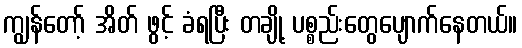
ကျွန်တော့် အိတ် ဖွင့် ခံရပြီး တချို့ ပစ္စည်းတွေပျောက်နေတယ်။